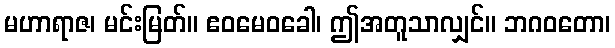
မဟာရာဇ၊ မင်းမြတ်။ ဧဝမေဝခေါ၊ ဤအတူသာလျှင်။ ဘဂဝတော၊